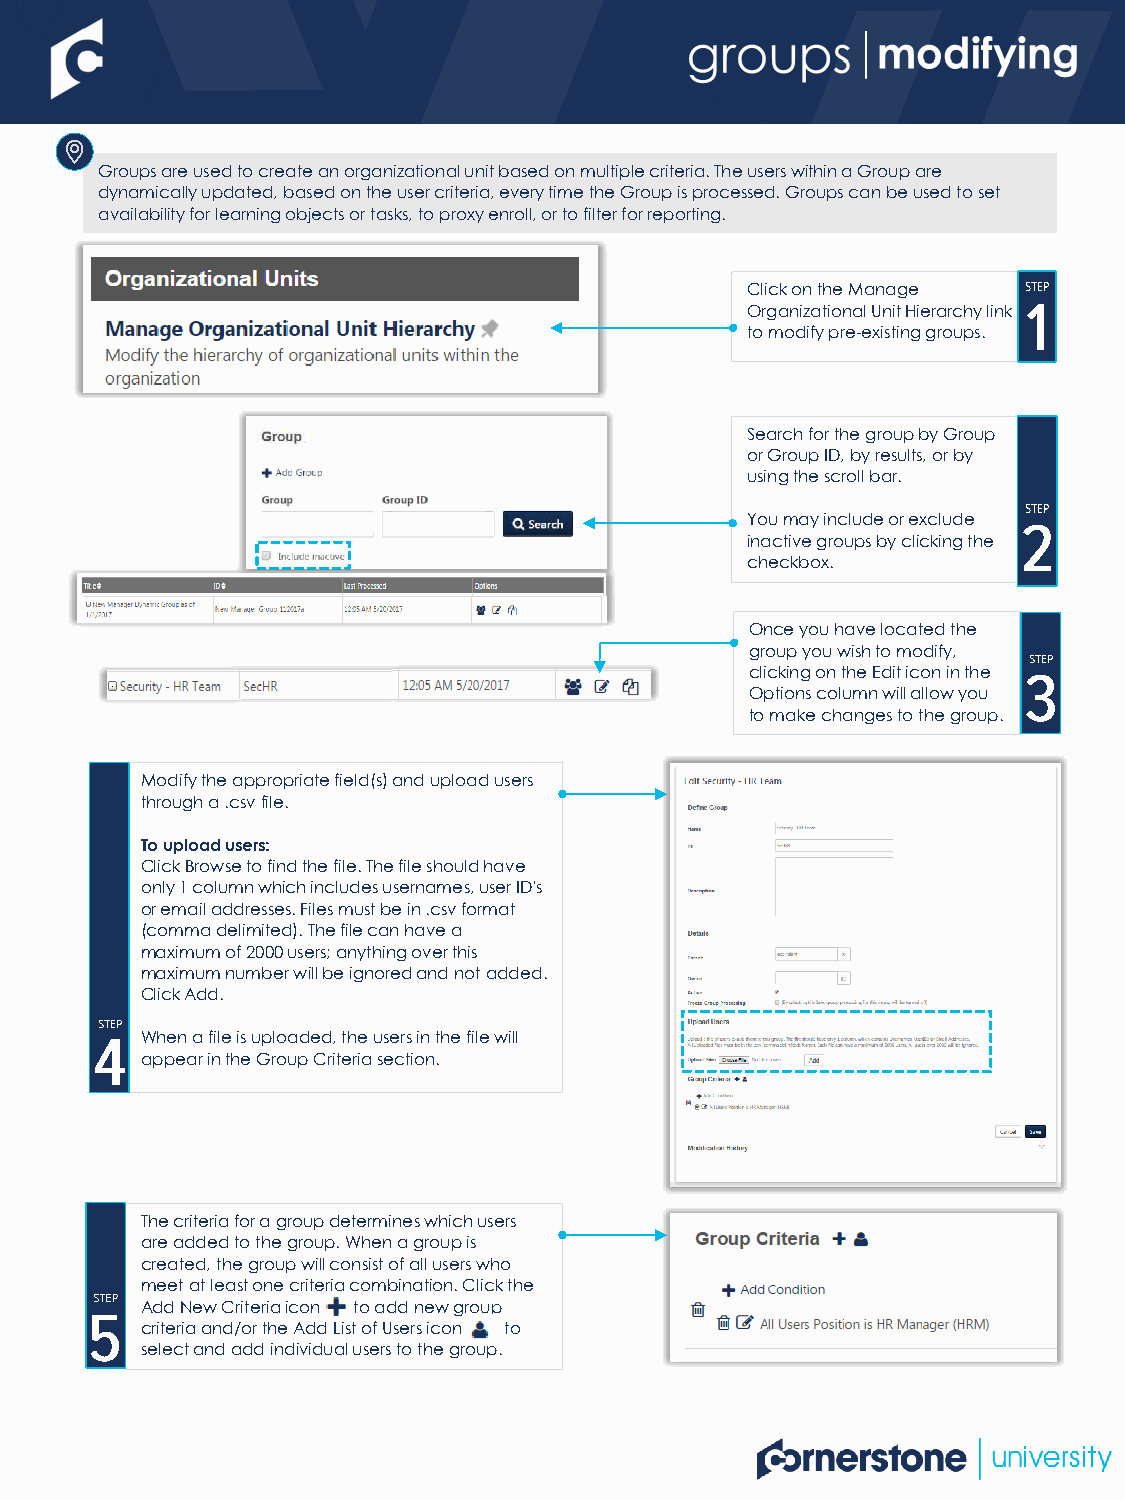
Groups are used to create an organizational unit based on multiple criteria. The users within a Group are
 dynamically updated, based on the user criteria, every time the Group is processed. Groups can be used to set
 availability for learning objects or tasks, to proxy enroll, or to filter for reporting.
 Click on the Manage
 Organizational Unit Hierarchy link
 to modify pre-existing groups.
 Search for the group by Group
 or Group ID, by results, or by
 using the scroll bar.
 You may include or exclude
 inactive groups by clicking the
 checkbox.
 Once you have located the
 group you wish to modify,
 clicking on the Edit icon in the
 Options column will allow you
 to make changes to the group.
 Modify the appropriate field(s) and upload users
 through a .csv file.
 To upload users:
 Click Browse to find the file. The file should have
 only 1 column which includes usernames, user ID's
 or email addresses. Files must be in .csv format
 (comma delimited). The file can have a
 maximum of 2000 users; anything over this
 maximum number will be ignored and not added.
 Click Add.
 When a file is uploaded, the users in the file will
 appear in the Group Criteria section.
 The criteria for a group determines which users
 are added to the group. When a group is
 created, the group will consist of all users who
 meet at least one criteria combination. Click the
 Add New Criteria icon to add new group
 criteria and/or the Add List of Users icon to
 select and add individual users to the group.